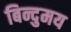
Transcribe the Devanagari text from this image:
बिन्दुमय